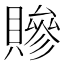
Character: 贂